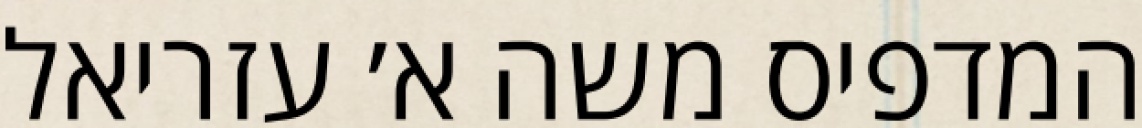
המדפיס משה א׳ עזריאל